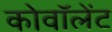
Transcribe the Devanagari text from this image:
कोवॉलेंट